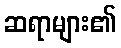
ဆရာများ၏